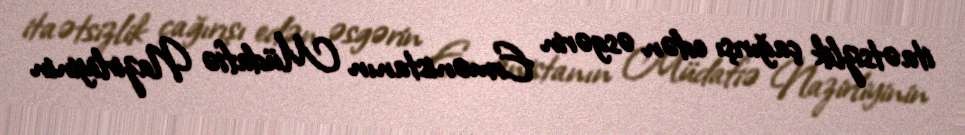
itaətsizlik çağırışı edən əsgərin Ermənistanın Müdafiə Nazirliyinin